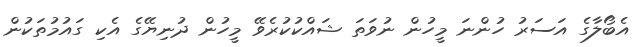
އެބޯލާގެ އަސަރު ހުންނަ މީހުން ނުވަތަ ޝައްކުކުރެވޭ މީހުން ދުނިޔޭގެ އެކި ގައުމުތަކުން